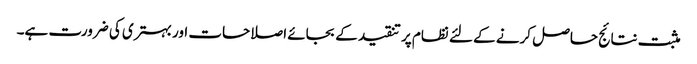
مثبت نتائج حاصل کرنے کے لئے نظام پر تنقید کے بجائے اصلاحات اور بہتری کی ضرورت ہے۔